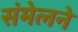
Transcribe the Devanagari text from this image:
संंमेलने